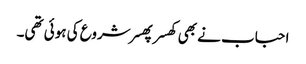
احباب نے بھی کھسر پھسر شروع کی ہوئی تھی۔